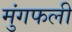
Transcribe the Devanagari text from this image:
मुंगफली